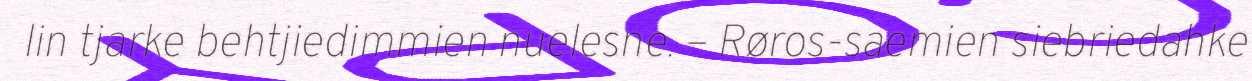
lin tjarke behtjiedimmien nuelesne. – Røros-saemien siebriedahke